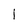
Character: I